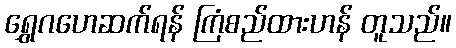
ရွှေဂဟေဆက်ရန် ကြံစည်ထားဟန် တူသည်။